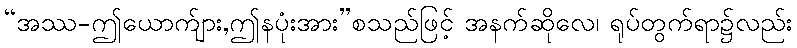
“အဿ-ဤယောက်ျား,ဤနပုံးအား”စသည်ဖြင့် အနက်ဆိုလေ၊ ရုပ်တွက်ရာ၌လည်း